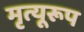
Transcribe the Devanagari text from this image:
मृत्यूरूप